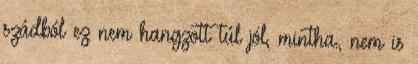
szádból ez nem hangzott túl jól, mintha., nem is